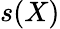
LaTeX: s(X)